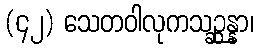
(၄၂) သေတဝါလုကသဉ္ဆန္နာ၊